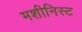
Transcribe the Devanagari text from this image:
मशीनिस्ट